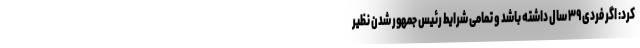
کرد: اگر فردی ۳۹ سال داشته باشد و تمامی شرایط رئیس جمهور شدن نظیر